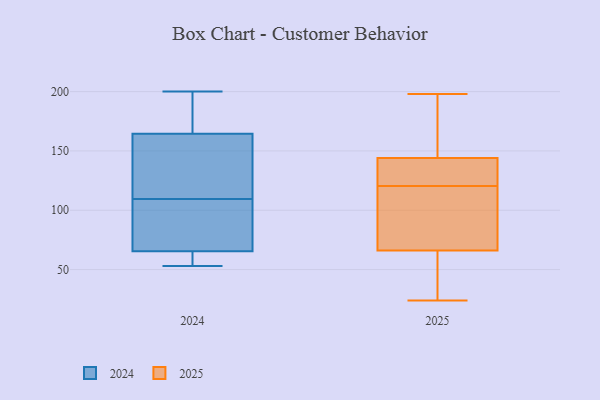
{"axis": {"x": "Budget (USD K)", "y": "Value"}, "legend": ["2024", "2025"], "data": [{"x": "", "y": 103, "type": "2024"}, {"x": "", "y": 138, "type": "2024"}, {"x": "", "y": 67, "type": "2024"}, {"x": "", "y": 116, "type": "2024"}, {"x": "", "y": 195, "type": "2024"}, {"x": "", "y": 200, "type": "2024"}, {"x": "", "y": 128, "type": "2024"}, {"x": "", "y": 64, "type": "2024"}, {"x": "", "y": 85, "type": "2024"}, {"x": "", "y": 191, "type": "2024"}, {"x": "", "y": 53, "type": "2024"}, {"x": "", "y": 53, "type": "2024"}, {"x": "", "y": 115, "type": "2025"}, {"x": "", "y": 196, "type": "2025"}, {"x": "", "y": 72, "type": "2025"}, {"x": "", "y": 152, "type": "2025"}, {"x": "", "y": 63, "type": "2025"}, {"x": "", "y": 39, "type": "2025"}, {"x": "", "y": 60, "type": "2025"}, {"x": "", "y": 34, "type": "2025"}, {"x": "", "y": 186, "type": "2025"}, {"x": "", "y": 131, "type": "2025"}, {"x": "", "y": 126, "type": "2025"}, {"x": "", "y": 24, "type": "2025"}, {"x": "", "y": 69, "type": "2025"}, {"x": "", "y": 198, "type": "2025"}, {"x": "", "y": 73, "type": "2025"}, {"x": "", "y": 135, "type": "2025"}, {"x": "", "y": 130, "type": "2025"}, {"x": "", "y": 136, "type": "2025"}, {"x": "", "y": 92, "type": "2025"}, {"x": "", "y": 192, "type": "2025"}]}